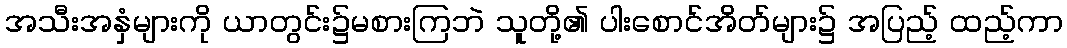
အသီးအနှံများကို ယာတွင်း၌မစားကြဘဲ သူတို့၏ ပါးစောင်အိတ်များ၌ အပြည့် ထည့်ကာ